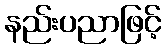
နည်းပညာဖြင့်